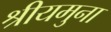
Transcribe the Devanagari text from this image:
श्रीयमुना